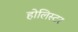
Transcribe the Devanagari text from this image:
होलिस्टर